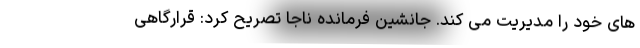
های خود را مدیریت می کند. جانشین فرمانده ناجا تصریح کرد: قرارگاهی